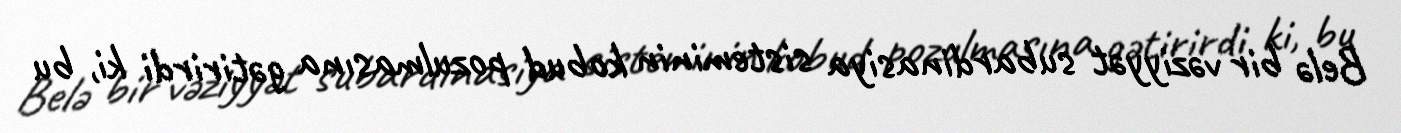
Belə bir vəziyyət subardinasiya sisteminin kobud pozulmasına gətirirdi ki, bu